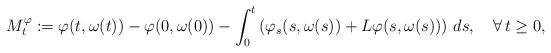
LaTeX: \begin{align*}M^{\varphi}_t:=\varphi(t,\omega(t))-\varphi(0,\omega(0))-\int_0^t \left(\varphi_s(s,\omega(s))+L\varphi(s,\omega(s))\right)\, ds,\quad\forall\, t\geq 0,\end{align*}